Report on sanitation, dispensaries, and jails in Rajputana for 1917, and on vaccination for the year 1917-1918 - 1917-1918
Year: 1917
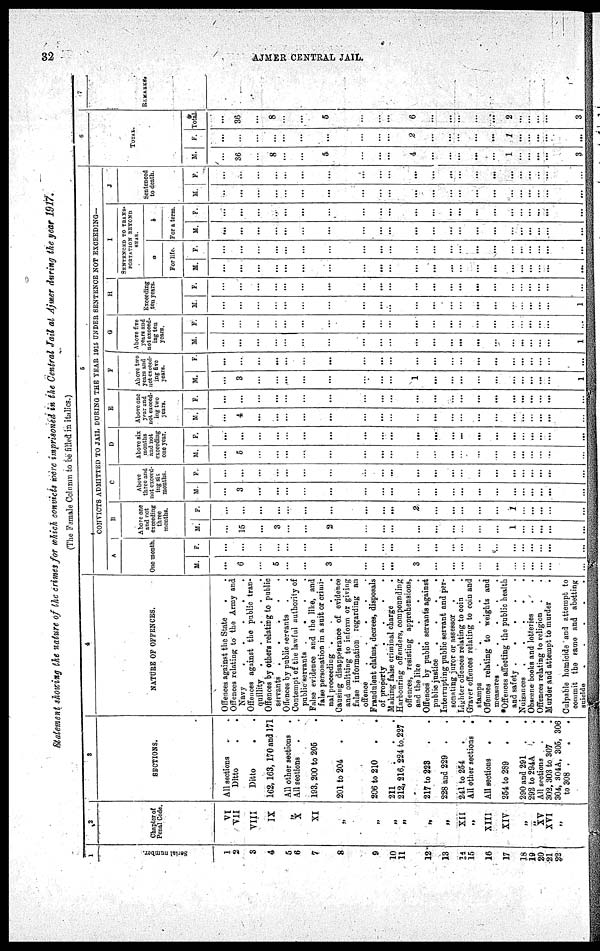
32
AJMER CENTRAL JAIL.
Statement showing the nature of the crimes for which convicts were imprisoned in the Central Jail at Ajmer during the year 1917.
(The Female Column to be filled in italics.)
1
Serial number.
1
2
3
4
5
6
7
8
9
10
11
12
13
14
15
16
17
18
19
20
21
22
2
Chapter of
Penal Code.
VI
VII
VIII
IX
„
X
XI
„
„
„
„
„
„
XII
„
XIII
XIV
„
„
XV
XVI
„
3
SECTIONS.
All sections . .
Ditto . .
Ditto . .
162,163, 170 and 171
All other sections .
All sections . .
193, 200 to 205 .
201 to 204 . .
206 to 210 . .
211
.
.
.
2112, 216, 224 to 227
217 to 223 . .
228 and 229 . .
241 to 254 . .
All other sections
.
All sections
. .
254 to 289 . .
290 and 291 . .
292 to 294A . .
All sections
. .
302, 303 to 307 .
304, 304A, 305, 306
to 308 . . .
4
NATURE OF OFFENCES.
Offences against the State
. .
Offences relating to the Army and
Navy
.
.
.
.
.
Offences against the public tran-
quillity
.
.
.
.
.
Offences by others relating to public
servants .
.
.
.
.
Offences by public servants . .
Contempt of the lawful authority of
public servants
. . . .
False evidence and the like, and
false personation in a suit or crimi-
nal proceeding .
.
.
.
Causing disappearance of evidence
and omitting to inform or giving
false information regarding an
offence
.
.
.
.
.
Fraudulent claims, decrees, disposals
of property
.
.
.
.
Making false criminal charge .
Harbouring offenders, compounding
offences, resisting apprehensions,
and the like
.
.
.
.
Offences by public servants against
public justice
.
.
.
.
Interrupting public servant and per-
sonating juror or assessor .
.
Lighter offences relating to coin .
Graver offences relating to coin and
stamps
. . . . .
Offences relating to weights and
measures .
.
.
.
.
*Offences affecting the public health
and safety .
.
.
.
.
Nuisances .
.
.
.
.
Obscene books and lotteries . .
Offences relating to religion . .
Murder and attempt to murder .
Culpable homicide and attempt to
commit the same and abetting
suicide
.
.
.
..
5
CONVICTS ADMITTED TO JAIL DURING THE YEAR 1916 UNDER SENTENCE NOT EXCEEDING—
A
One month
M.
...
6
...
5
...
...
3
...
...
...
3
...
...
...
...
...
...
...
...
...
...
...
F.
...
...
...
...
...
...
...
...
...
...
...
...
...
...
...
...
...
...
...
...
...
...
B
Above one
and not
exceeding
three
months.
M.
...
15
...
3
...
...
2
...
...
...
...
...
...
...
...
...
1
...
...
...
...
. . .
F.
...
...
...
...
...
...
...
...
...
...
2
...
...
...
...
...
1
...
...
...
...
...
C
Above
three and
not exceed-
ing six
months.
M.
...
3
...
...
...
...
...
...
...
...
...
...
...
...
...
...
...
...
...
...
...
...
F.
...
...
...
...
...
...
...
...
...
...
...
...
...
...
...
...
...
...
...
...
...
...
D
Above six
months
and not
exceeding
one year.
M.
...
5
...
...
...
...
...
...
...
...
...
...
...
...
...
...
...
...
...
...
...
...
F.
...
...
...
...
...
...
...
...
...
...
...
...
...
...
...
...
...
...
...
...
...
...
E
Above one
year and
not exceed-
ing two
years.
M.
...
4
...
...
...
...
...
...
...
...
...
...
...
...
...
...
...
...
...
...
...
...
F.
...
...
...
...
...
...
...
...
...
...
...
...
...
...
...
...
...
...
...
...
...
...
F
Above two
years and
not exceed-
ing five
years.
M.
...
3
...
...
...
...
...
...
...
...
1
...
...
...
...
...
...
...
...
...
...
1
F
...
...
...
...
...
...
...
...
...
...
...
...
...
...
...
...
...
...
...
...
...
...
G
Above five
years and
not exceed-
ing ten
years.
M.
...
...
...
...
...
...
...
...
...
...
...
...
...
...
...
...
...
...
...
...
...
1
F.
...
...
...
...
...
...
...
...
...
...
...
...
...
...
...
...
...
...
...
...
...
...
H
Exceeding
ten years.
M.
...
...
...
...
...
...
...
...
...
...
...
...
...
...
...
...
...
...
...
...
...
1
F.
...
...
...
...
...
...
...
...
...
...
...
...
...
...
...
...
...
...
...
...
...
...
I
SENTENCED TO TRANS¬
PORTATION BEYOND
SEAS.
a
For life.
M.
...
...
...
...
...
...
...
...
...
...
...
...
...
...
...
...
...
...
...
...
...
...
F.
...
...
...
...
...
...
...
...
...
...
...
...
...
...
...
...
...
...
...
...
...
...
b
For a term.
M.
...
...
...
...
...
...
...
...
...
...
...
...
...
...
...
...
...
...
...
...
....
...
F.
...
...
...
...
...
...
...
...
...
...
...
...
...
...
...
...
...
...
...
...
...
...
J
Sentenced
to death.
M.
...
...
...
...
...
...
...
...
...
...
...
...
...
...
...
...
...
...
...
...
...
...
F.
...
...
...
...
...
...
...
...
...
...
...
...
...
...
...
...
...
...
...
...
...
6
TOTAL.
M.
...
36
...
8
...
...
5
...
...
...
4
...
...
...
...
...
1
...
...
...
...
3
F.
...
...
...
...
...
...
...
...
...
...
2
...
...
...
...
...
1
...
...
...
...
...
Total.
...
36
...
8
...
...
5
...
...
...
6
...
...
...
...
...
2
...
...
...
...
3
7
REMARKS.